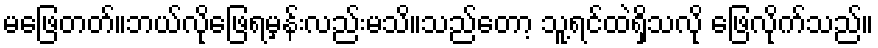
မဖြေတတ်။ဘယ်လိုဖြေရမှန်းလည်းမသိ။သည်တော့ သူ့ရင်ထဲရှိသလို ဖြေလိုက်သည်။